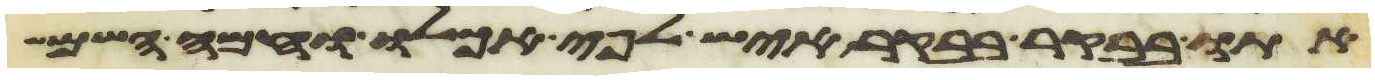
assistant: אתו בבקר בבקר איש לפי אכלו וחמה השמש